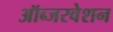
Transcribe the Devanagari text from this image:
ऑब्जरवेशन